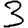
Digit: 3